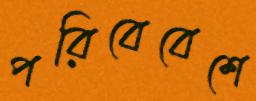
পরিবেবেশে